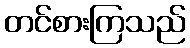
တင်စားကြသည်